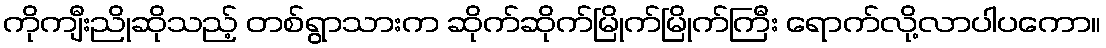
ကိုကျီးညိုဆိုသည့် တစ်ရွာသားက ဆိုက်ဆိုက်မြိုက်မြိုက်ကြီး ရောက်လို့လာပါပကော။